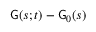
{ \sf G } ( s ; t ) - { \sf G } _ { 0 } ( s )